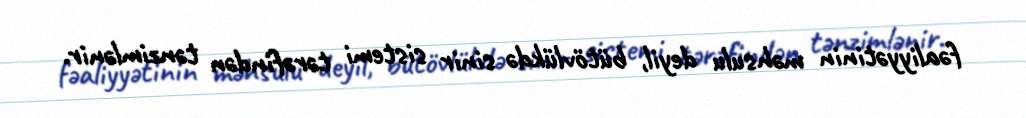
fəaliyyətinin məhsulu deyil, bütövlükdə sinir sistemi tərəfindən tənzimlənir.